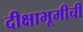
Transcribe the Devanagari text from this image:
दीक्षाभूमीची